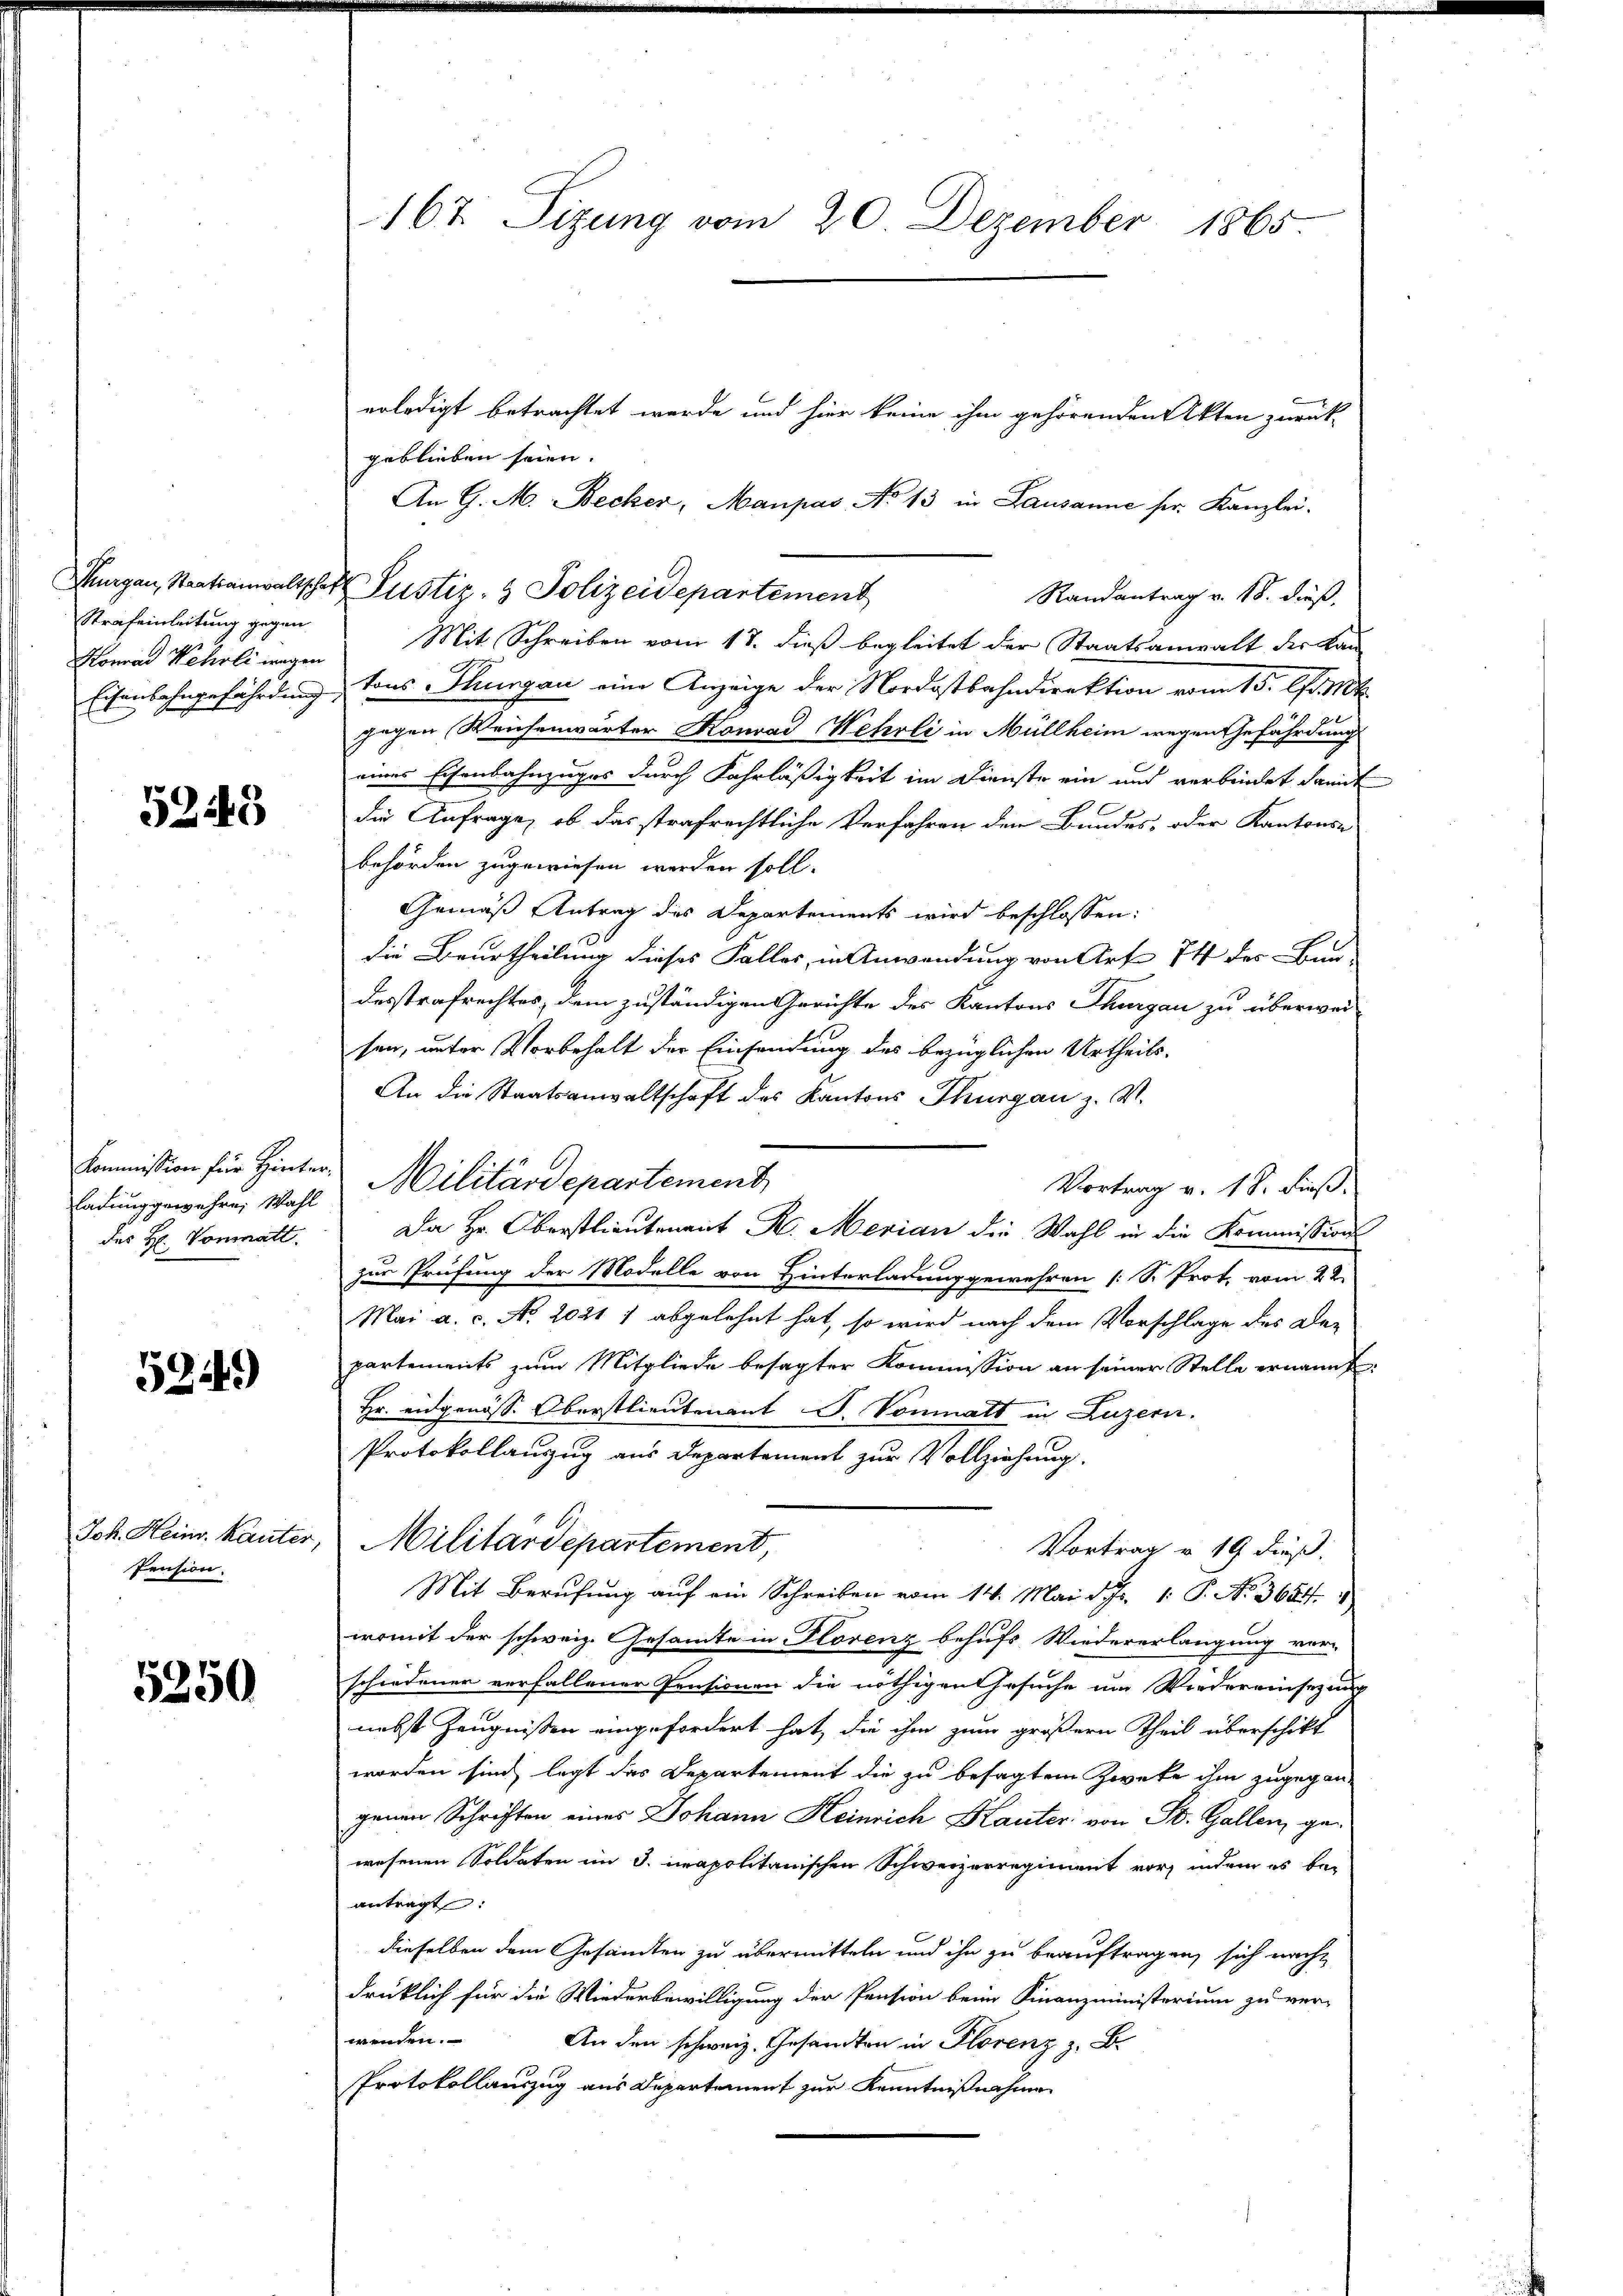
Strafeinleitung gegen

5249

ladung gewehre, Wahl
des H. Vonmatt.

5249)

Pension.

5250

erledigt betrachtet werde und hier keine ihm gehörenden Akten zurück-
geblieben seien.
An G. M. Becker, Manpas No 13 in Lausanne ser. Kanzlei.
Randantrag v. 18. dieß,
Konrad Wehrli Mit Schreiben vom 17. dieß begleitet der Staatsanwalt der Kan-
Eisenbahngefährdung, sons Thurgau eine Anzeige der Nordostbahndirektion vom 15. d. Mt
gegen Weichenwärter Konrad Wehrli in Müllheim wegen Gefährdung
eines Eisenbahnzuges durch Fahrläßigkeit im Dienste ein und verbindet damit
die Anfrage, ob das strafrechtliche Verfahren den Bundes, oder Kantons-
behörden zugewiesen werden soll.
Gemäß Antrag des Departements wird beschlossen:
die Beurtheilung dieses Falles, in Anwendung von Art 14 des Bau-
desstrafrechtes, dem zuständigen Gerichte des Kantons Thurgau zu überwei-
sen, unter Vorbehalt der Einsendung des bezüglichen Urtheils-
An die Staatsanwaltschaft des Kantons Thurgau z. V.
Kommißion für Hinter Militärdepartement
Vortrag v. 1 S. dieß.
Da Hr. Oberstlieutenant R. Merian die Wahl in die Kommission
zur Prüfung der Modelle von Hinterladung gewehren [S. Prot. vom 22.
Mai a. c. No. 20211 abgelehnt hat, so wird nach dem Vorschlage des De-
partements zum Mitgliede besagter Kommission an seiner Stelle ernannt
Hr. eidgenöss. Oberstlieutenant W. Vonmatt in Luzern.
Protokollauszug aus Departement zur Vollziehung.
Joh. Heinr. kanter, Militärdepartement,
Vortrag v. 19 dieß:
Mit Berufung auf ein Schreiben vom 14. Mai d. Js. 1. P. No. 368. 4
womit der schweiz. Gesamte in Florenz behufs Wiedererlangung ver-
schiedener verfallener Pensionen die nöthigen Gesuche um Wiedereinsezung
nebst Zeugnißen eingefordert hat, die ihm zum größern Theil überschikt
worden sind, legt das Departement die zu besagtem Zweke ihm zugegen-
genen Schriften eines Johann Heinrich Kauter von St. Gallen, gewesenen Soldaten im J. inapolitanischen Schweizerregiment vor, indem es be-
antragt:
dieselben dem Gesandten zu übermitteln und ihn zu beauftragen, sich nach
drücklich für die Wiederbewilligung der Pension beim Finanzministerium zu ver-
wenden.
An den schweiz. Gesandten in Florenz z. B.
Protokollauszug aus Departement zur Kenntnißnahmen

167 Sizung vom 20. Dezember 1865

Thurgau, Staatsanwaltschef Justiz- & Polizeidepartement